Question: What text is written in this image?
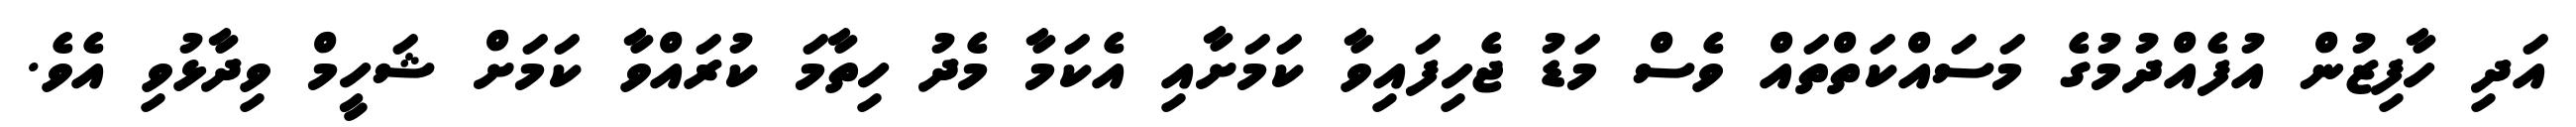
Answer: އަދި ހާފިޒުން އުފެއްދުމުގެ މަސައްކަތްތައް ވެސް މަޑު ޖެހިފައިވާ ކަމަށާއި އެކަމާ މެދު ހިތާމަ ކުރައްވާ ކަމަށް ޝަހީމް ވިދާޅުވި އެވެ.